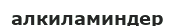
алкиламиндер